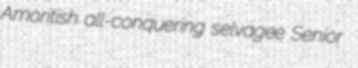
Amoritish all-conquering selvagee Senior